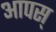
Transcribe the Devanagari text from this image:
आपस्‌